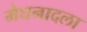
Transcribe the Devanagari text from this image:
मेघनादला